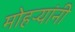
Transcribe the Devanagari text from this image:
मोहऱ्यांनी